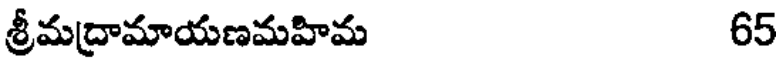
శ్రీమద్రామాయణమహిమ 65